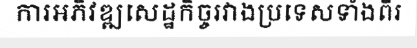
ការអភិវឌ្ឍសេដ្ឋកិច្ចរវាងប្រទេសទាំងពីរ